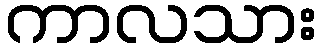
ကာလသား